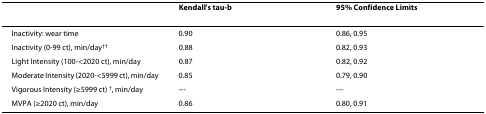
<table><thead><tr><td></td><td><b>Kendall&#x27;s tau-b</b></td><td><b>95% Confidence Limits</b></td></tr></thead><tbody><tr><td>Inactivity: wear time</td><td>0.90</td><td>0.86, 0.95</td></tr><tr><td>Inactivity (0-99 ct), min/day<sup>††</sup></td><td>0.88</td><td>0.82, 0.93</td></tr><tr><td>Light Intensity (100-&lt;2020 ct), min/day</td><td>0.87</td><td>0.82, 0.92</td></tr><tr><td>Moderate Intensity (2020-&lt;5999 ct), min/day</td><td>0.85</td><td>0.79, 0.90</td></tr><tr><td>Vigorous Intensity (≥5999 ct) <sup>†</sup>, min/day</td><td>---</td><td>---</td></tr><tr><td>MVPA (≥2020 ct), min/day</td><td>0.86</td><td>0.80, 0.91</td></tr></tbody></table>